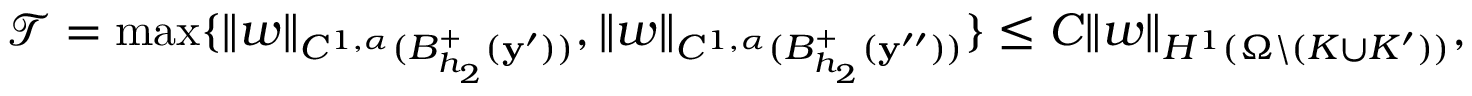
\mathcal T = \operatorname* { m a x } \{ { \left\| w \right\| _ { { C ^ { 1 , \alpha } } ( { B _ { h _ { 2 } } ^ { + } } ( \mathbf { y ^ { \prime } } ) ) } } , { \left\| w \right\| _ { { C ^ { 1 , \alpha } } ( { B _ { h _ { 2 } } ^ { + } } ( \mathbf { y ^ { \prime \prime } } ) ) } } \} \le C { \left\| w \right\| _ { { H ^ { 1 } } ( \Omega \backslash ( K \cup K ^ { \prime } ) ) } } ,